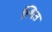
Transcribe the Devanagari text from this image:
स्थित